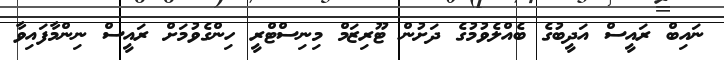
ނައިބް ރައީސް އަދީބުގެ ބެއްލެވުމުގެ ދަށުން ޓޫރިޒަމް މިނިސްޓްރީ ހިންގެވުމަށް ރައީސް ނިންމާފައިވާ